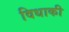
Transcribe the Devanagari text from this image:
विधाकी